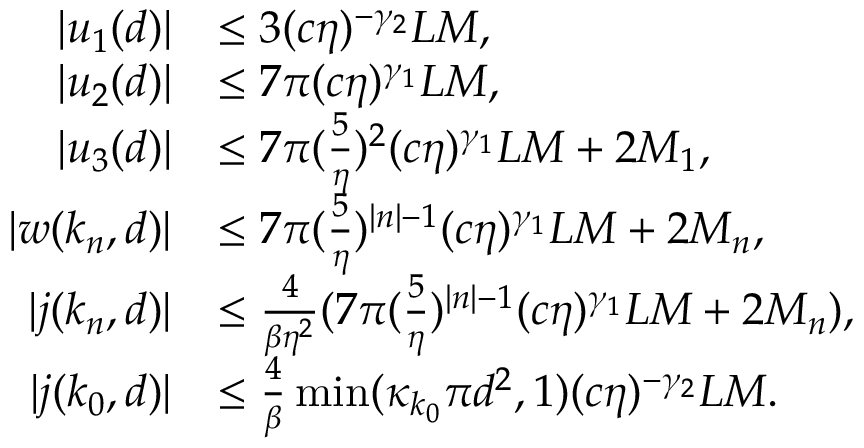
\begin{array} { r l } { \vert u _ { 1 } ( d ) \vert } & { \le 3 ( c \eta ) ^ { - \gamma _ { 2 } } L M , } \\ { \vert u _ { 2 } ( d ) \vert } & { \le 7 \pi ( c \eta ) ^ { \gamma _ { 1 } } L M , } \\ { \vert u _ { 3 } ( d ) \vert } & { \le 7 \pi ( \frac 5 \eta ) ^ { 2 } ( c \eta ) ^ { \gamma _ { 1 } } L M + 2 M _ { 1 } , } \\ { \vert w ( k _ { n } , d ) \vert } & { \le 7 \pi ( \frac 5 \eta ) ^ { \vert n \vert - 1 } ( c \eta ) ^ { \gamma _ { 1 } } L M + 2 M _ { n } , } \\ { \vert j ( k _ { n } , d ) \vert } & { \le \frac 4 { \beta \eta ^ { 2 } } ( 7 \pi ( \frac 5 \eta ) ^ { \vert n \vert - 1 } ( c \eta ) ^ { \gamma _ { 1 } } L M + 2 M _ { n } ) , } \\ { \vert j ( k _ { 0 } , d ) \vert } & { \le \frac { 4 } \beta \operatorname* { m i n } ( \kappa _ { k _ { 0 } } \pi d ^ { 2 } , 1 ) ( c \eta ) ^ { - \gamma _ { 2 } } L M . } \end{array}